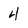
Character: 4